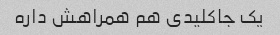
یک جاکلیدی هم همراهش داره